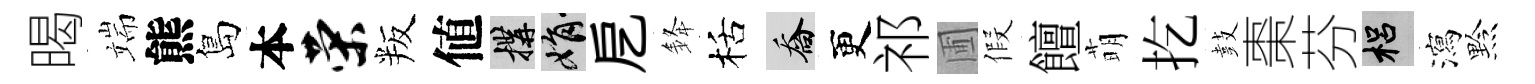
暍端熊島本荣叛値構娟戹𨦟栝喬更祁圃假饘萌扢鼓棗芬梠瀉黔